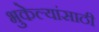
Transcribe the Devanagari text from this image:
भुकेल्यांसाठी